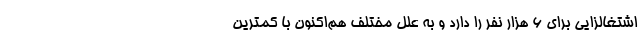
اشتغالزایی برای 6 هزار نفر را دارد و به علل مختلف هم‌اکنون با کمترین